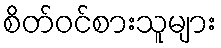
စိတ်ဝင်စားသူများ